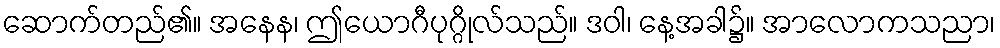
ဆောက်တည်၏။ အနေန၊ ဤယောဂီပုဂ္ဂိုလ်သည်။ ဒဝါ၊ နေ့အခါ၌။ အာလောကသညာ၊